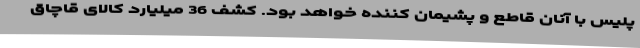
پلیس با آنان قاطع و پشیمان کننده خواهد بود. کشف 36 میلیارد کالای قاچاق